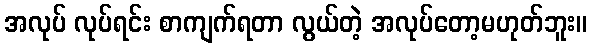
အလုပ် လုပ်ရင်း စာကျက်ရတာ လွယ်တဲ့ အလုပ်တော့မဟုတ်ဘူး။